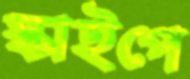
স্কাইপে